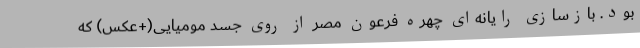
بود. بازسازی رایانه‌ای چهره فرعون مصر از روی جسد مومیایی(+عکس) که